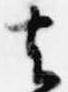
去